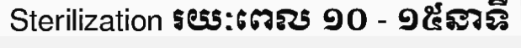
Sterilization រយៈពេល ១០ - ១៥នាទី